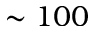
\sim 1 0 0